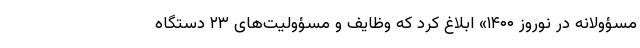
مسؤولانه در نوروز ۱۴۰۰» ابلاغ کرد که وظایف و مسؤولیت‌های ۲۳ دستگاه